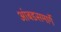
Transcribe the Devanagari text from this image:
आंबडसमार्गे